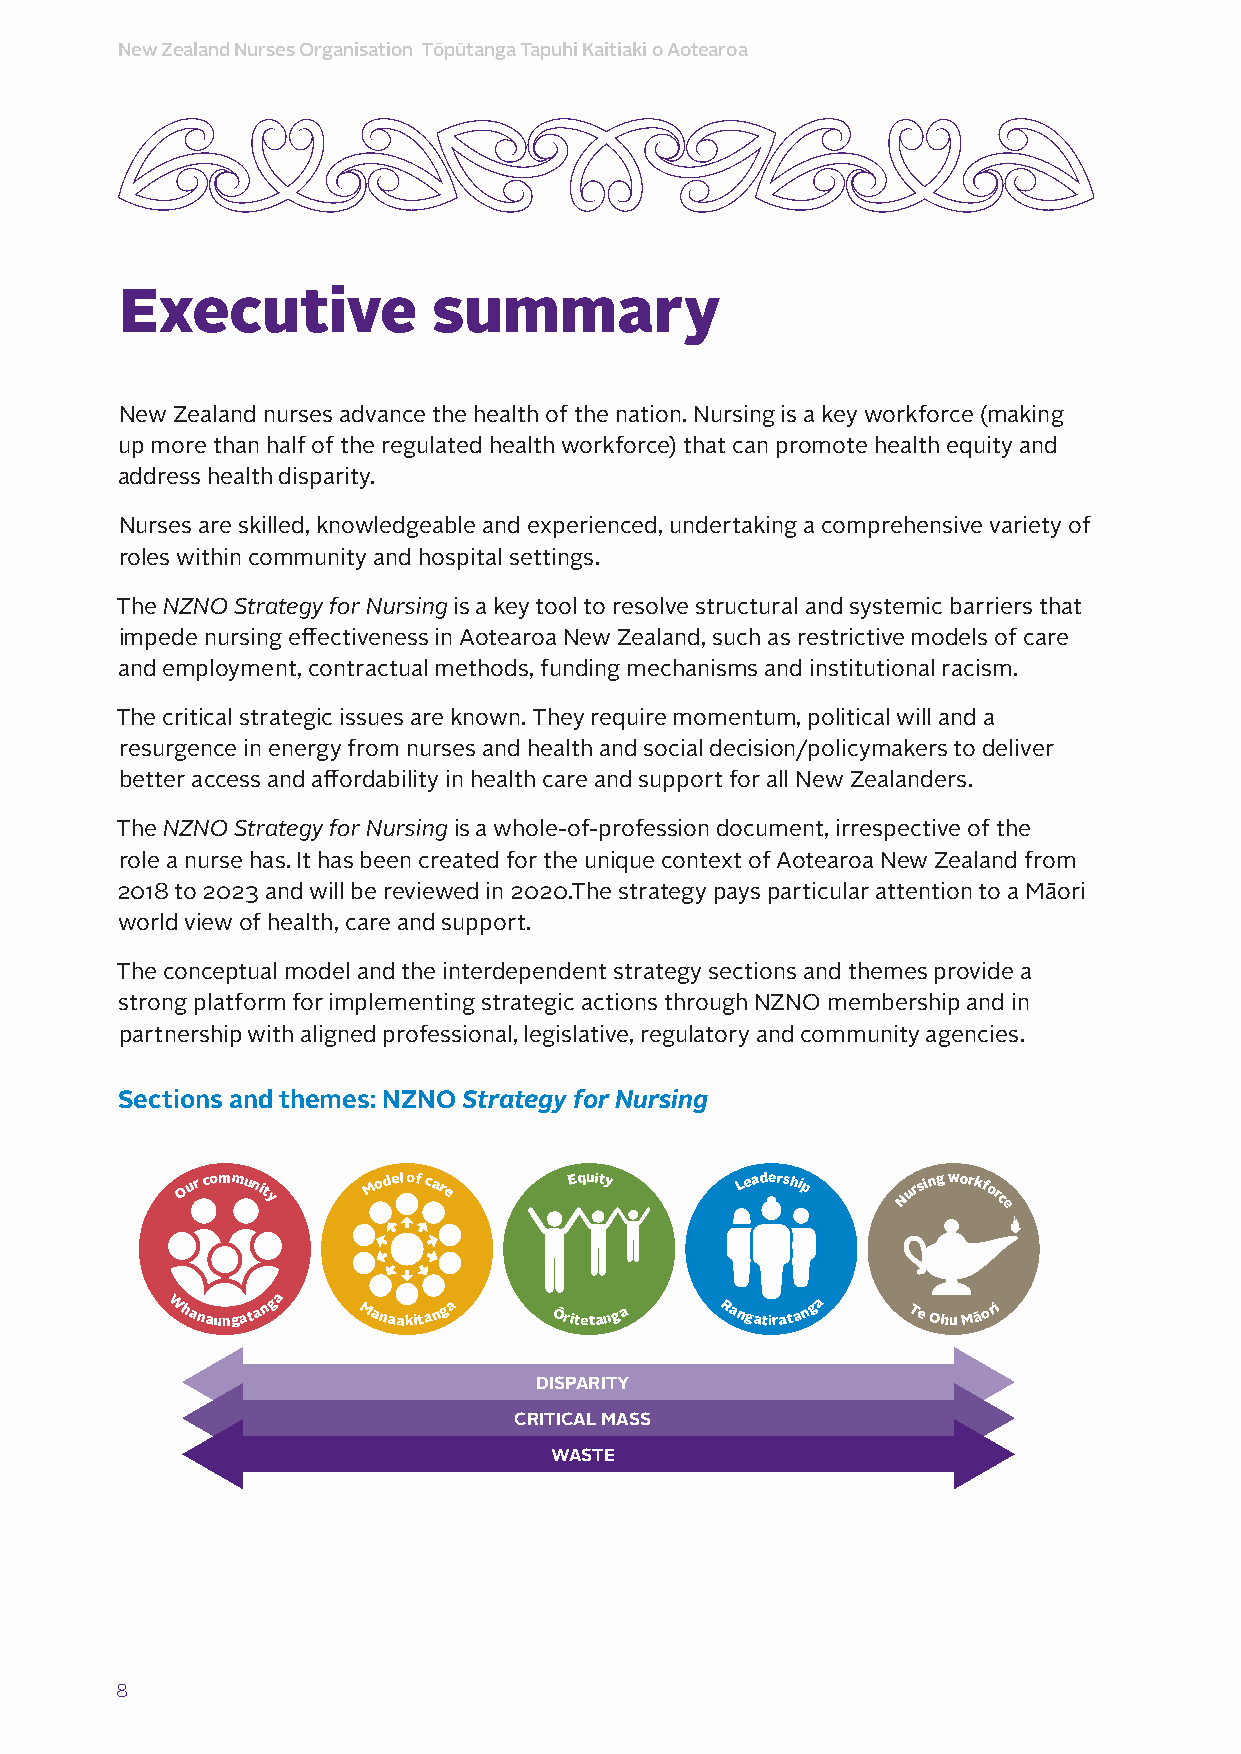
New Zealand Nurses Organisation Tōpūtanga Tapuhi Kaitiaki o Aotearoa
 Executive            summary
 New Zealand nurses advance the health of the nation. Nursing is a key workforce (making
 up more than half of the regulated health workforce) that can promote health equity and
 address health disparity.
 Nurses are skilled, knowledgeable and experienced, undertaking a comprehensive variety of
 roles within community and hospital settings.
 The NZNO Strategy for Nursing is a key tool to resolve structural and systemic barriers that
 impede nursing effectiveness in Aotearoa New Zealand, such as restrictive models of care
 and employment, contractual methods, funding mechanisms and institutional racism.
 The critical strategic issues are known. They require momentum, political will and a
 resurgence in energy from nurses and health and social decision/policymakers to deliver
 better access and affordability in health care and support for all New Zealanders.
 The NZNO Strategy for Nursing is a whole-of-profession document, irrespective of the
 role a nurse has. It has been created for the unique context of Aotearoa New Zealand from
 2018 to 2023 and will be reviewed in 2020.The strategy pays particular attention to a Māori
 world view of health, care and support.
 The conceptual model and the interdependent strategy sections and themes provide a
 strong platform for implementing strategic actions through NZNO membership and in
 partnership with aligned professional, legislative, regulatory and community agencies.
 Sections and themes: NZNO Strategy for Nursing
 O ur community M odel of care Equity Leadership Nursing workforc
 e
 Whanaungata nga Manaakitan ga Ōritetanga Rangatiratan ga Te
 Ohu
 Māori
 DISPARITY
 CRITICAL MASS
 WASTE
 8